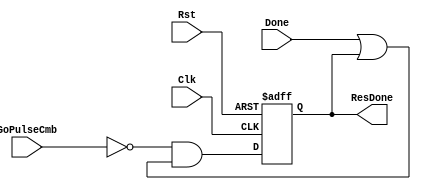
module fact_res_done_reg(
    input Clk, Rst, GoPulseCmb, Done,
    output reg ResDone
    );
    
    always @ (posedge Clk, posedge Rst) begin
    if (Rst)
        ResDone <= 1'b0;
    else
        ResDone <= (~GoPulseCmb) & (Done | ResDone);
    end
endmodule